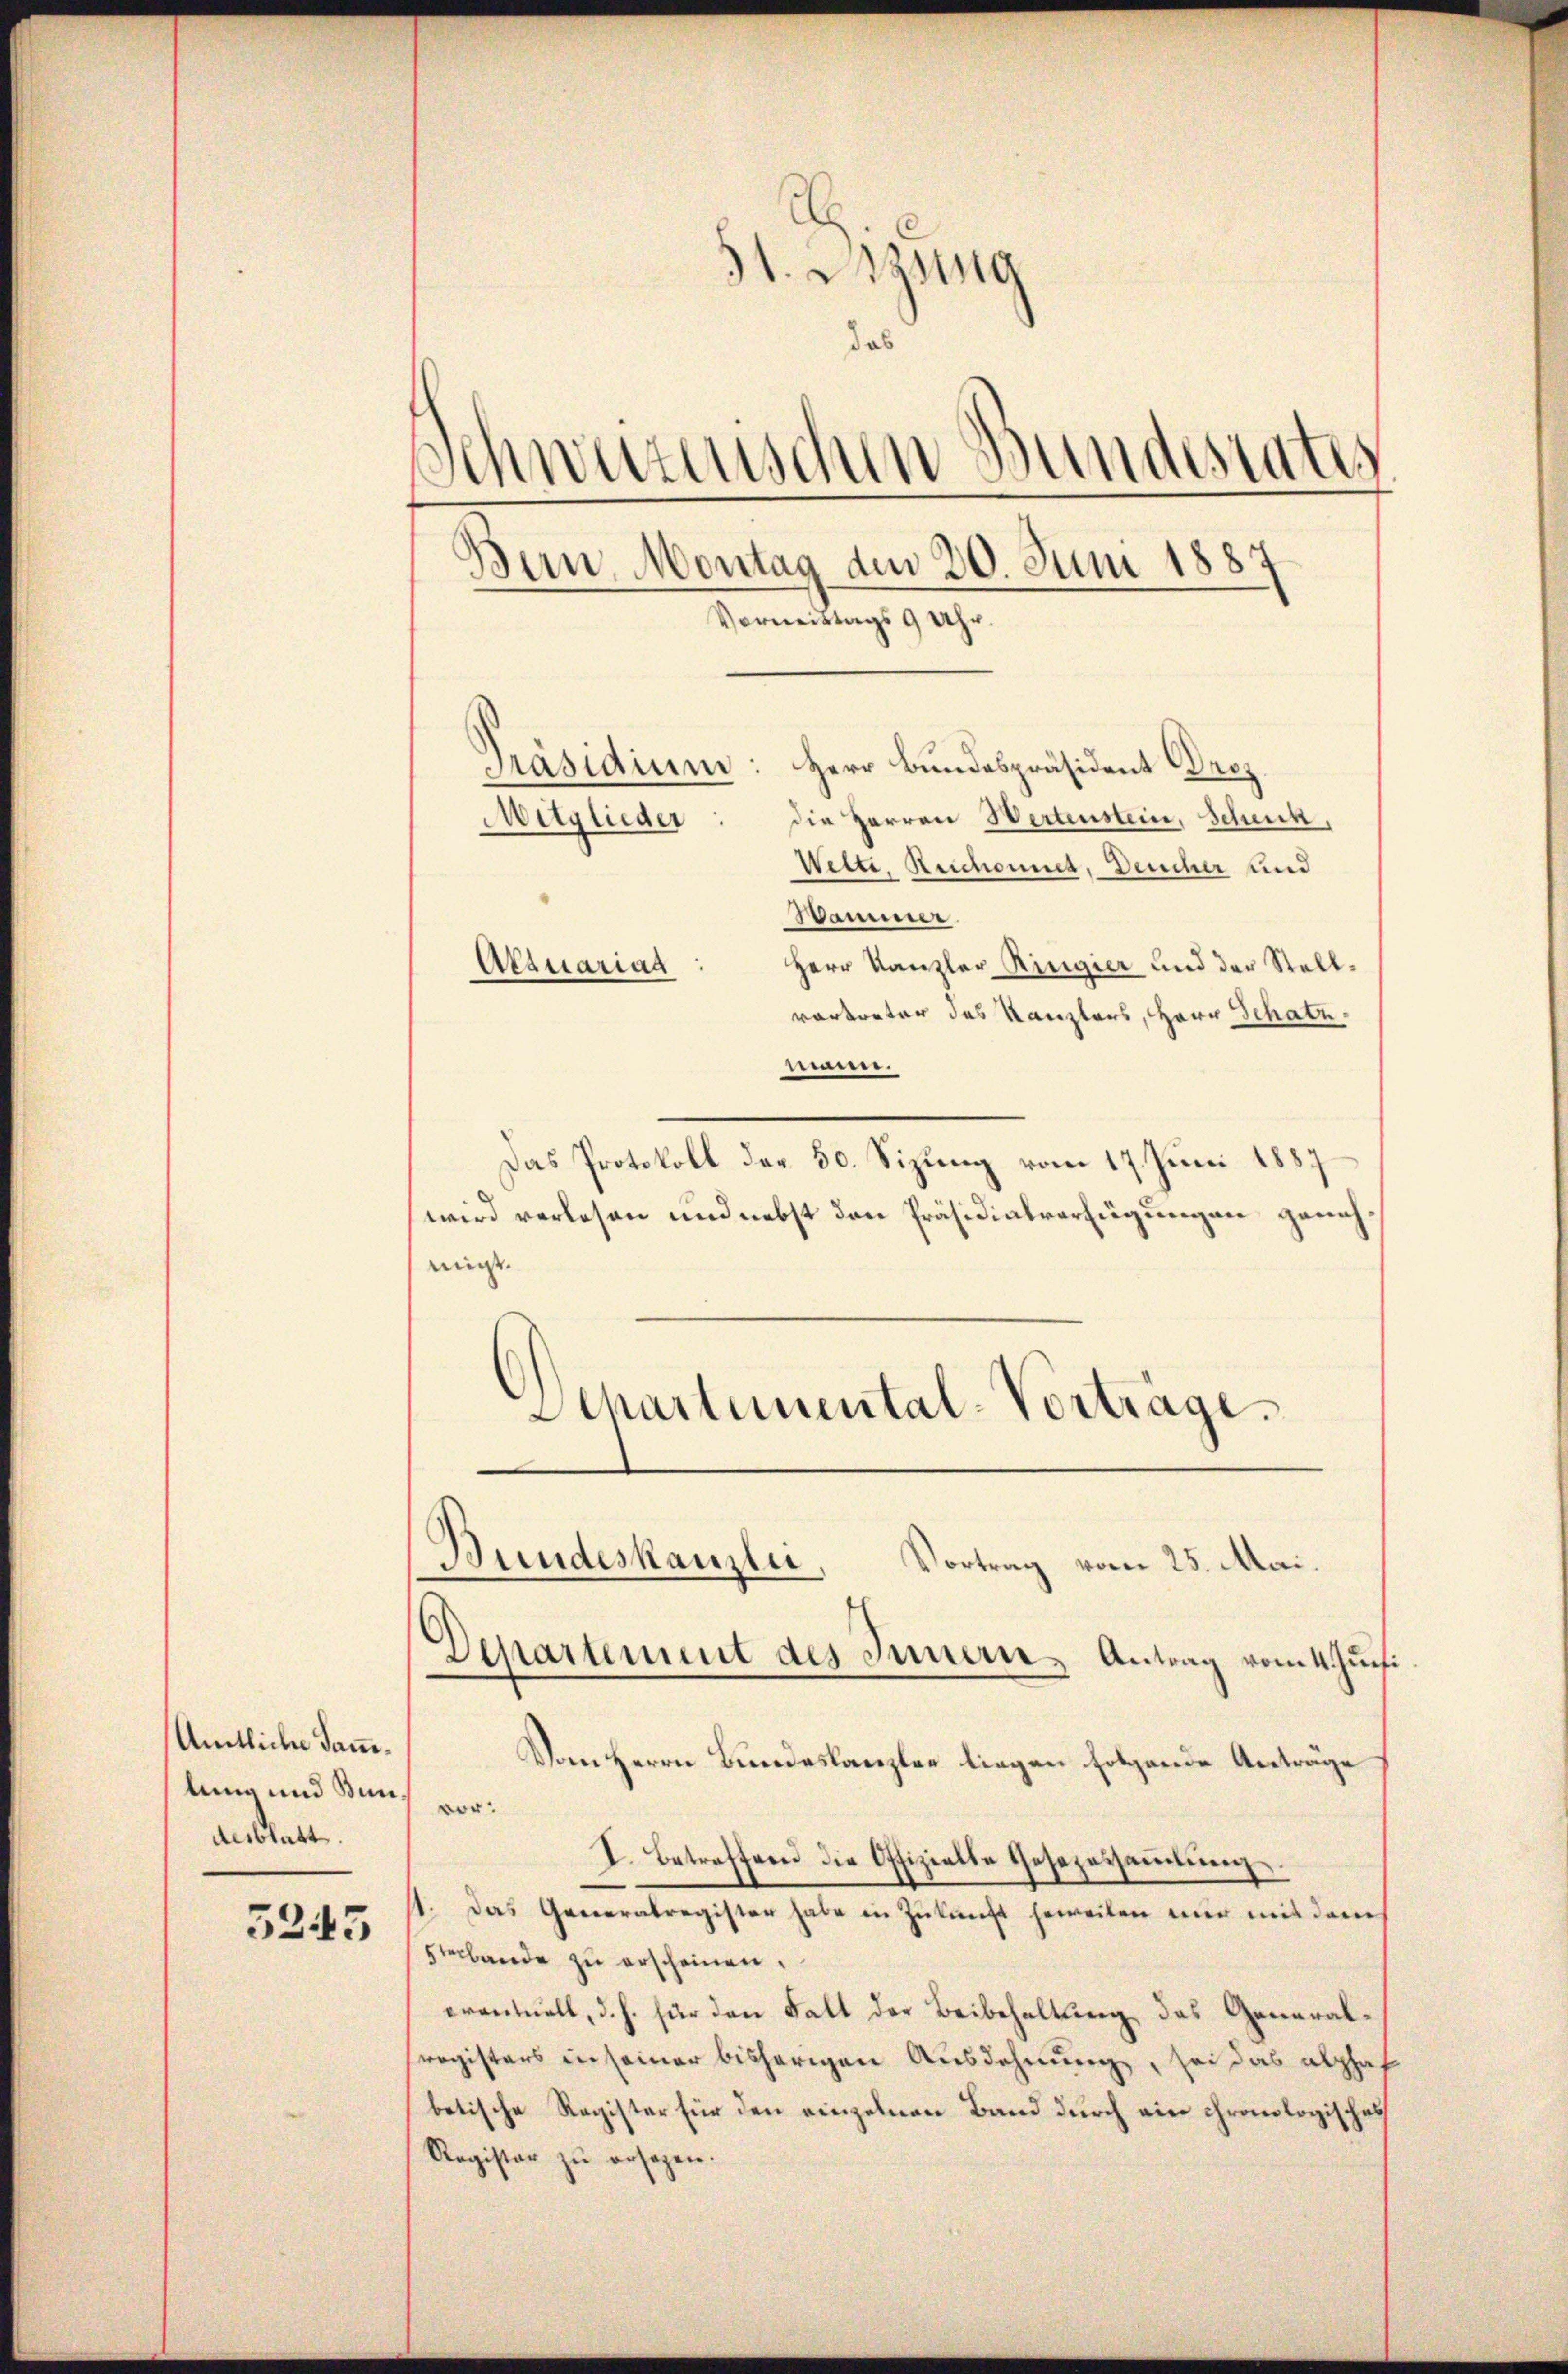
Amtliche Sammlung und Bundesblatt.

5245

1. Dezung
das
Schweizerischen Bundesrates
Bun, Montag den 20. Juni 1887
Vormittags 9 Uhr.

Präsidium: Herr Bundespräsident Droz.
die Herren Wertenstein, Schenk,
Welti, Reichnet, Deucher und
Hammer.
Herr Kanzler Ringier und der Stellvortreter des Kanzlers, Herr Schatz
mann.
Das Protokoll der 50. Sizung vom 17. Juni 1887
wird verlesen und nebst den Präsidialverfügungen genehmigt.
Schartemental-Vorträge.

Atquariag

Mitglieder

Bundeskanzlei, Vortrag vom 25. Mai.
Departement des Innern, Antrag vom 4. Juni

Vom Herrn Bundeskanzler liegen folgende Anträge
vor:
I. Betreffend die Offizielle Gesezessammlung
11. Das Generalregister habe in Zukunft jeweilen nur mit dem
tbande zu erscheinen.
eventuell, d. h. für den Fall der Beibehaltung des Generalregisters in seiner bisherigen Ausdehnung, sei das alphaf
betische Register für den einzelnen Band durch ein chronologisches
Ragister zu ersagen.